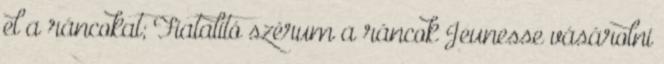
el a ráncokat; Fiatalító szérum a ráncok Jeunesse vásárolni